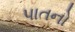
પાતનો